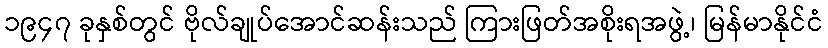
၁၉၄၇ ခုနှစ်တွင် ဗိုလ်ချုပ်အောင်ဆန်းသည် ကြားဖြတ်အစိုးရအဖွဲ့၊ မြန်မာနိုင်ငံ